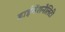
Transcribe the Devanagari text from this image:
डाईमेंशनैलिटी